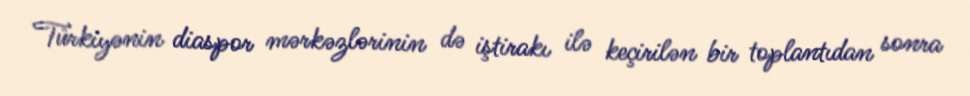
Türkiyənin diaspor mərkəzlərinin də iştirakı ilə keçirilən bir toplantıdan sonra